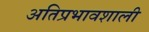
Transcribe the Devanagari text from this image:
अतिप्रभावशाली